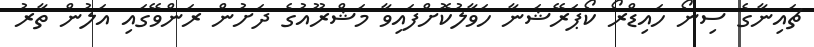
ޗައިނާގެ ސިނޯ ހައިޑްރޯ ކޯޕަރޭޝަނާ ހަވާލުކޮށްފައިވާ މަޝްރޫއުގެ ދަށުން ރަންވޭގައި އަލުން ތާރު